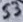
Text: S3